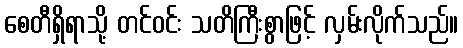
စေတီရှိရာသို့ တင်ဝင်း သတိကြီးစွာဖြင့် လှမ်းလိုက်သည်။